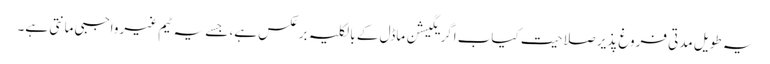
یہ طویل مدتی فروغ پذیر صلاحیت کیاب اگریگیشن ماڈل کے بالکلیہ برعکس ہے، جسے یہ ٹیم غیرواجبی مانتی ہے۔